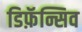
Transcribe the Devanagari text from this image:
डिफ़ॅन्सिव